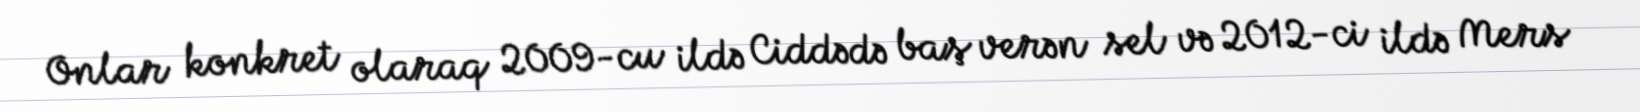
Onlar konkret olaraq 2009-cu ildə Ciddədə baş verən sel və 2012-ci ildə Mers